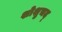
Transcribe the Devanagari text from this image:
शोशुचद्